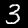
Digit: 3